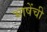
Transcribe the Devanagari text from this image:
भाषेंची